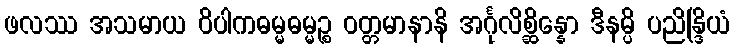
ဖလဿ အသမာယ ဝိပါကဓမ္မဓမ္မဉ္စ ဝတ္တမာနာနိ အင်္ဂုလိစ္ဆိန္နော ဒီနမ္ပိ ပညိန္ဒြိယံ